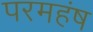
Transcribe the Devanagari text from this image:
परमहंष